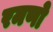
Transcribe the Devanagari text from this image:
रमणो